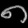
Digit: ၈